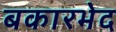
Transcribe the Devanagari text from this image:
बकारभेद